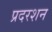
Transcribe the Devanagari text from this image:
प्रदरशन